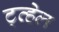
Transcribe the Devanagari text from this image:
ट्व्हेल